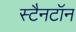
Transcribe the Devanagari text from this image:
स्टैनटॉन